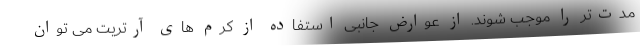
مدت‌تر را موجب شوند. از عوارض جانبی استفاده از کرم های آرتریت می توان